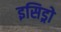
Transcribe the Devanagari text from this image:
इसिड्रो